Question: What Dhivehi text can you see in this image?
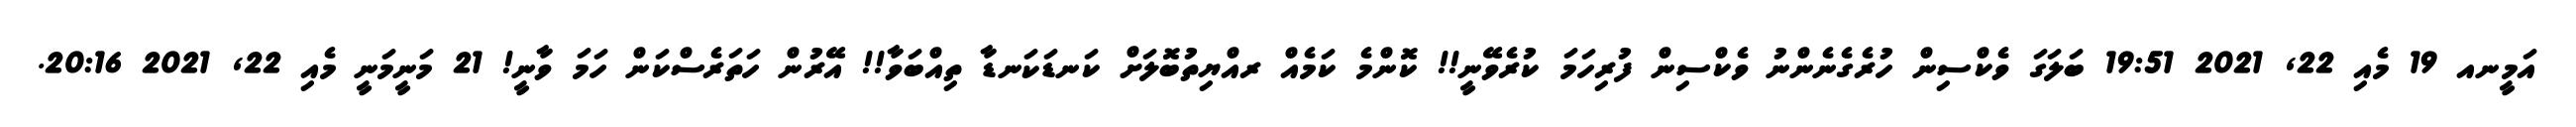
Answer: އަމީނއ 19 މެއި 22, 2021 19:51 ބަލަގަ ވެކްސިން ހުރެގެނެންނު ވެކްސިން ފުރިހަމަ ކުރެވޭނީ!! ކޮންމެ ކަމެއް ރއްޔިތުބޮލަށް ކަނޑަކަނޑާ ތިއްބަވާ!! އޭރުން ހަތަރެސްކަން ހަމަ ވާނީ! 21 މަނީމަނީ މެއި 22, 2021 20:16.